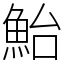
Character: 鮐